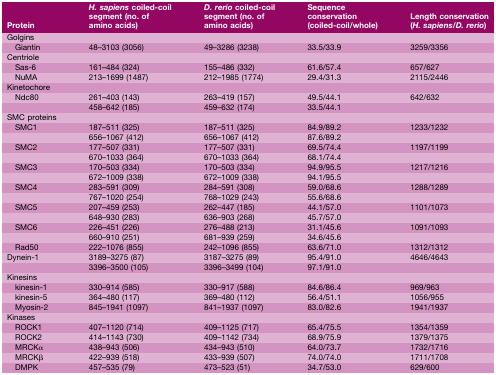
<table><thead><tr><td><b>Protein</b></td><td><b><i>H. sapiens</i> coiled‐coil segment (no. of amino acids)</b></td><td><b><i>D. rerio</i> coiled‐coil segment (no. of amino acids)</b></td><td><b>Sequence conservation (coiled‐coil/whole)</b></td><td><b>Length conservation (<i>H. sapiens</i>/<i>D. rerio</i>)</b></td></tr></thead><tbody><tr><td>Golgins</td><td></td><td></td><td></td><td></td></tr><tr><td>Giantin</td><td>48–3103 (3056)</td><td>49–3286 (3238)</td><td>33.5/33.9</td><td>3259/3356</td></tr><tr><td>Centriole</td><td></td><td></td><td></td><td></td></tr><tr><td>Sas‐6</td><td>161–484 (324)</td><td>155–486 (332)</td><td>61.6/57.4</td><td>657/627</td></tr><tr><td>NuMA</td><td>213–1699 (1487)</td><td>212–1985 (1774)</td><td>29.4/31.3</td><td>2115/2446</td></tr><tr><td>Kinetochore</td><td></td><td></td><td></td><td></td></tr><tr><td>Ndc80</td><td>261–403 (143)</td><td>263–419 (157)</td><td>49.5/44.1</td><td>642/632</td></tr><tr><td></td><td>458–642 (185)</td><td>459–632 (174)</td><td>33.5/44.1</td><td></td></tr><tr><td>SMC proteins</td><td></td><td></td><td></td><td></td></tr><tr><td>SMC1</td><td>187–511 (325)</td><td>187–511 (325)</td><td>84.9/89.2</td><td>1233/1232</td></tr><tr><td></td><td>656–1067 (412)</td><td>656–1067 (412)</td><td>87.6/89.2</td><td></td></tr><tr><td>SMC2</td><td>177–507 (331)</td><td>177–507 (331)</td><td>69.5/74.4</td><td>1197/1199</td></tr><tr><td></td><td>670–1033 (364)</td><td>670–1033 (364)</td><td>68.1/74.4</td><td></td></tr><tr><td>SMC3</td><td>170–503 (334)</td><td>170–503 (334)</td><td>94.9/95.5</td><td>1217/1216</td></tr><tr><td></td><td>672–1009 (338)</td><td>672–1009 (338)</td><td>94.1/95.5</td><td></td></tr><tr><td>SMC4</td><td>283–591 (309)</td><td>284–591 (308)</td><td>59.0/68.6</td><td>1288/1289</td></tr><tr><td></td><td>767–1020 (254)</td><td>768–1029 (243)</td><td>55.6/68.6</td><td></td></tr><tr><td>SMC5</td><td>207–459 (253)</td><td>262–447 (185)</td><td>44.1/57.0</td><td>1101/1073</td></tr><tr><td></td><td>648–930 (283)</td><td>636–903 (268)</td><td>45.7/57.0</td><td></td></tr><tr><td>SMC6</td><td>226–451 (226)</td><td>276–488 (213)</td><td>31.1/45.6</td><td>1091/1093</td></tr><tr><td></td><td>660–910 (251)</td><td>681–939 (259)</td><td>34.6/45.6</td><td></td></tr><tr><td>Rad50</td><td>222–1076 (855)</td><td>242–1096 (855)</td><td>63.6/71.0</td><td>1312/1312</td></tr><tr><td>Dynein‐1</td><td>3189–3275 (87)</td><td>3187–3275 (89)</td><td>95.4/91.0</td><td>4646/4643</td></tr><tr><td></td><td>3396–3500 (105)</td><td>3396–3499 (104)</td><td>97.1/91.0</td><td></td></tr><tr><td>Kinesins</td><td></td><td></td><td></td><td></td></tr><tr><td>kinesin‐1</td><td>330–914 (585)</td><td>330–917 (588)</td><td>84.6/86.4</td><td>969/963</td></tr><tr><td>kinesin‐5</td><td>364–480 (117)</td><td>369–480 (112)</td><td>56.4/51.1</td><td>1056/955</td></tr><tr><td>Myosin‐2</td><td>845–1941 (1097)</td><td>841–1937 (1097)</td><td>83.0/82.6</td><td>1941/1937</td></tr><tr><td>Kinases</td><td></td><td></td><td></td><td></td></tr><tr><td>ROCK1</td><td>407–1120 (714)</td><td>409–1125 (717)</td><td>65.4/75.5</td><td>1354/1359</td></tr><tr><td>ROCK2</td><td>414–1143 (730)</td><td>409–1142 (734)</td><td>68.9/75.9</td><td>1379/1375</td></tr><tr><td>MRCKα</td><td>438–943 (506)</td><td>434–943 (510)</td><td>64.0/73.7</td><td>1732/1716</td></tr><tr><td>MRCKβ</td><td>422–939 (518)</td><td>433–939 (507)</td><td>74.0/74.0</td><td>1711/1708</td></tr><tr><td>DMPK</td><td>457–535 (79)</td><td>473–523 (51)</td><td>34.7/53.0</td><td>629/600</td></tr></tbody></table>